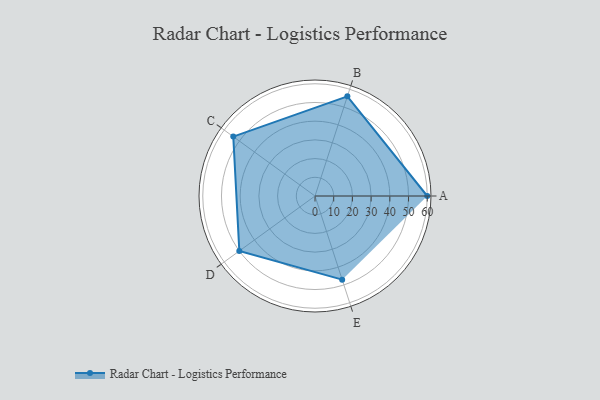
{"axis": {"x": "Skill", "y": "Score"}, "legend": ["Profile"], "data": [{"x": "A", "y": 60.0, "type": "Profile"}, {"x": "B", "y": 56.0, "type": "Profile"}, {"x": "C", "y": 54.0, "type": "Profile"}, {"x": "D", "y": 50.0, "type": "Profile"}, {"x": "E", "y": 47.0, "type": "Profile"}]}